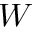
W